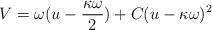
LaTeX: \begin{align*}V=\omega (u-\frac{\kappa \omega }{2})+C(u-\kappa \omega )^{2} \end{align*}